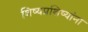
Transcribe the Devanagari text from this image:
शिष्यप्रशिष्यांना